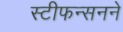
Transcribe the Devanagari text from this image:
स्टीफन्सनने